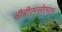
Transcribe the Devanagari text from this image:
सीबीएमसीएमएम